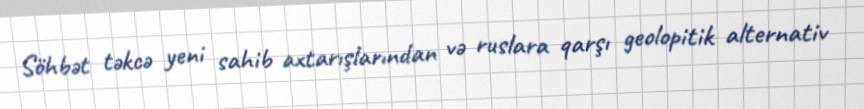
Söhbət təkcə yeni sahib axtarışlarından və ruslara qarşı geolopitik alternativ